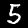
Label: 5